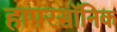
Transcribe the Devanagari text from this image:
हापरसॉनिक